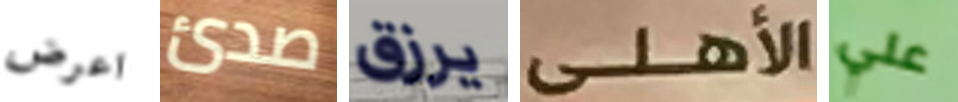
اعرض صدئ يرزق الأهلى علي